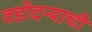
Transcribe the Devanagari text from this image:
वडोदऱ्याची